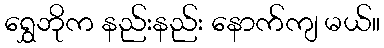
ရွှေဘိုက နည်းနည်း နောက်ကျ မယ်။